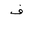
Letter: _fa